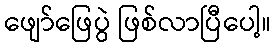
ဖျော်ဖြေပွဲ ဖြစ်လာပြီပေါ့။